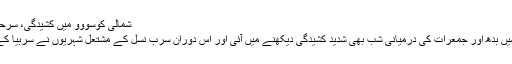
شمالی کوسووو میں کشیدگی، سرحدی چوکی نذر آتش | حالات حاضرہ | DW | 28.07.2011
شمالی کوسووو کے زیادہ تر سرب اقلیتی آبادی والے حصے میں بدھ اور جمعرات کی درمیانی شب بھی شدید کشیدگی دیکھنے میں آئی اور اس دوران سرب نسل کے مشتعل شہریوں نے سربیا کے ساتھ ایک متنازعہ سرحدی چیک پوسٹ کو آگ بھی لگا دی۔